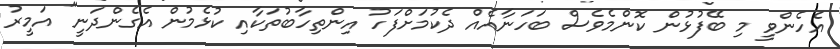
އެހެންވީ މި ބޭފުޅުން ކޮންމެވެސް ބަހަނާއެއް ދެކުމަށްފަހު އިންތިހާބުތަކާއި ކުޅެމުން އެގެންދަނީ" އަމީރު